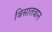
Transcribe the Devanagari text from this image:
बिसातबान